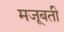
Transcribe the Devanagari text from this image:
मजूबती